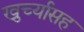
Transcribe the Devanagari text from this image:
खुर्च्यासह